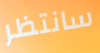
سانتظر